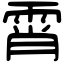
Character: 霄